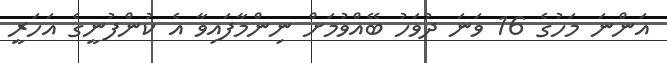
އަންނަ މަހުގެ 16 ވަނަ ދުވަހު ބޭއްވުމަށް ނިންމާފައިވާ އެ ކުންފުނީގެ އަހަރީ